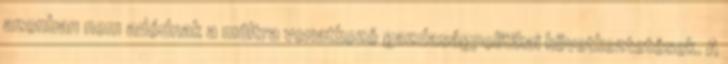
azonban nem adódnak a múltra vonatkozó gazdaságpolitikai következtetések. A